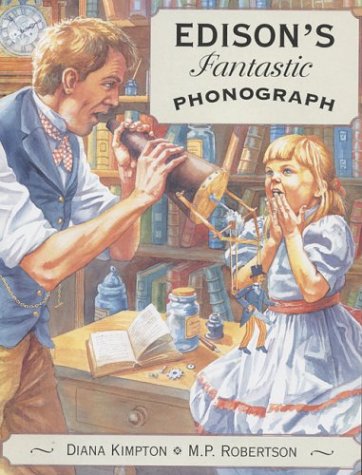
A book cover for Edison's Fantastic Phonograph; Diana Kimpton; Children's Books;